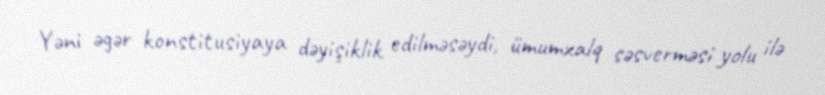
Yəni əgər konstitusiyaya dəyişiklik edilməsəydi, ümumxalq səsverməsi yolu ilə